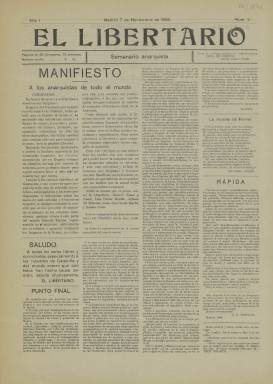
Título: El Libertario (Madrid)
Colección: Periódicos || Anarquismo
Ámbito geográfico: Madrid
Lugar de publicación: Madrid
Fechas: 07/11/1909-07/11/1909